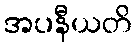
အပနီယတိ